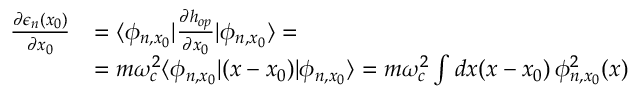
\begin{array} { r l } { \frac { \partial \epsilon _ { n } ( x _ { 0 } ) } { \partial x _ { 0 } } } & { = \langle \phi _ { n , x _ { 0 } } | \frac { \partial h _ { o p } } { \partial x _ { 0 } } | \phi _ { n , x _ { 0 } } \rangle = } \\ & { = m \omega _ { c } ^ { 2 } \langle \phi _ { n , x _ { 0 } } | ( x - x _ { 0 } ) | \phi _ { n , x _ { 0 } } \rangle = m \omega _ { c } ^ { 2 } \int d x ( x - x _ { 0 } ) \, \phi _ { n , x _ { 0 } } ^ { 2 } ( x ) } \end{array}